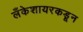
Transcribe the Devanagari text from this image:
लँकेशायरकडून